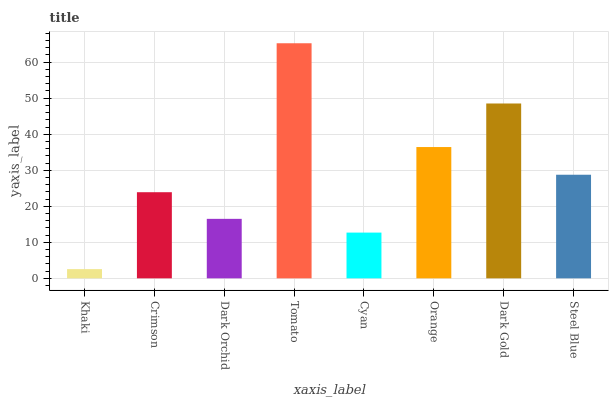
| xaxis_label | bars |
 | --- | --- |
 | Khaki | 2.56 |
 | Crimson | 23.9 |
 | Dark Orchid | 16.5 |
 | Tomato | 65.2 |
 | Cyan | 12.7 |
 | Orange | 36.4 |
 | Dark Gold | 48.5 |
 | Steel Blue | 28.8 |